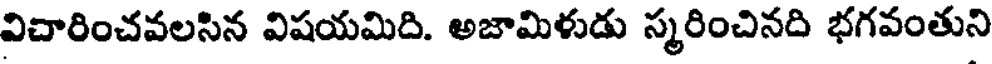
విచారించవలసిన విషయమిది. అజామిళుడు స్మరించినది భగవంతుని